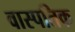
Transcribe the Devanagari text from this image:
वास्पतिक